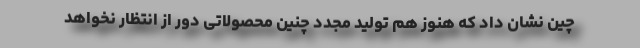
چین نشان داد که هنوز هم تولید مجدد چنین محصولاتی دور از انتظار نخواهد